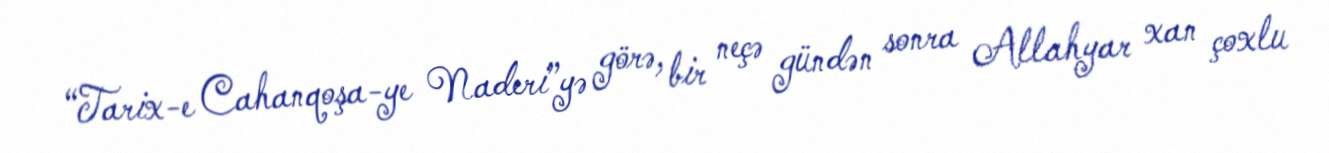
“Tarix-e Cahanqoşa-ye Naderi”yə görə, bir neçə gündən sonra Allahyar xan çoxlu